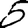
Digit: 5